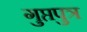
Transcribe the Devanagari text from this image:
गुप्तपुत्र